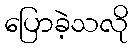
ပြောခဲ့သလို